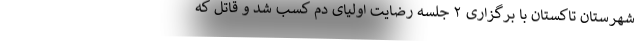
شهرستان تاکستان با برگزاری ۲ جلسه رضایت اولیای دم کسب شد و قاتل که